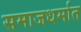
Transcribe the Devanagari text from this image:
समाजधर्मात